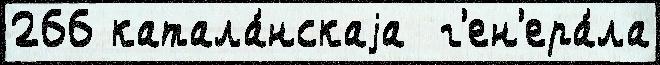
266 катала́нскаjа  г'ен'ера́ла